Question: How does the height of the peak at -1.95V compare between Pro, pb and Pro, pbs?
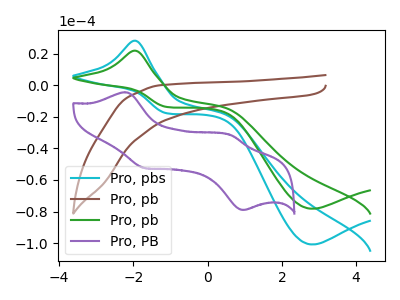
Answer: <think>The cyan curve "Pro, pbs" has an anodic peak at (-1.95V, 28.10uA) and a cathodic peak at (2.80V, -100.80uA). The brown curve "Pro, pb" has no peaks. The green curve "Pro, pb" has an anodic peak at (-1.95V, 21.80uA) and a cathodic peak at (2.80V, -78.20uA). The purple curve "Pro, PB" has anodic peaks at (-2.20V, -4.50uA) (0.65V, -31.70uA) and cathodic peaks at (-1.70V, -52.45uA) (0.95V, -78.95uA).</think>
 <answer>The peak at -1.95V is lower in "Pro, pb" than in "Pro, pbs".</answer>
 <eval>lower</eval>